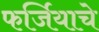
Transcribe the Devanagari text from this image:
फर्जियाचे